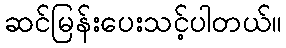
ဆင်မြန်းပေးသင့်ပါတယ်။